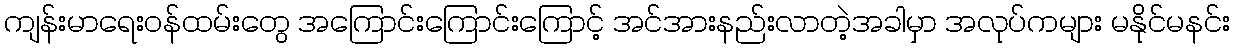
ကျန်းမာရေးဝန်ထမ်းတွေ အကြောင်းကြောင်းကြောင့် အင်အားနည်းလာတဲ့အခါမှာ အလုပ်ကများ မနိုင်မနင်း